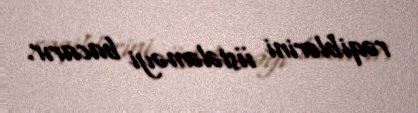
rəqiblərini üstələməyi bacarır.